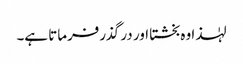
لہٰذا وہ بخشتا اور در گذرفرماتا ہے۔